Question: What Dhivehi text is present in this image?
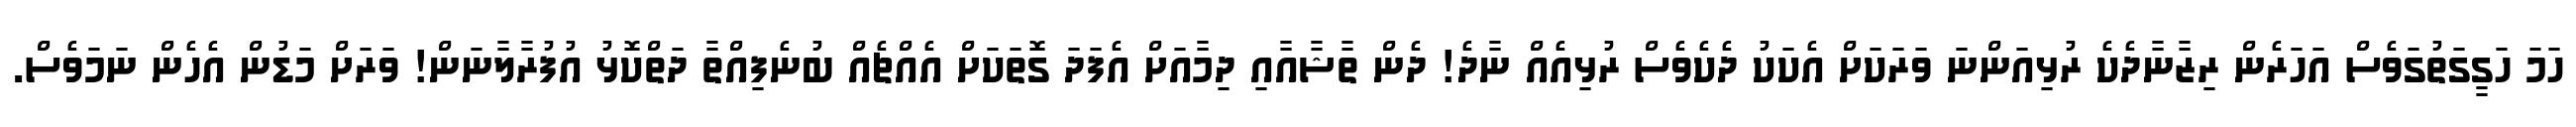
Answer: ހަމަ ހަގީގަތުގަވެސް އަހަރެން ރިޒާނާދެކެ ރުޅިއަންނަ ވަރަކަށް އެކަކު ދެކެވެސް ރުޅިއެއް ނާދެ! ދެން ތާޝާއާއި ދިމާއަށް އެފަދަ ގޮތަކަށް އެއްޗެއް ބުނެފިއްތާ ދަތްކޮޅު އުފުރާލާނަން! ވަރަށް މަޑުން އެހެން ނަމަވެސް.